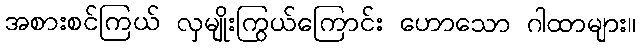
အစားစင်ကြယ် လှမျိုးကြွယ်ကြောင်း ဟောသော ဂါထာများ။